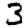
Digit: 3